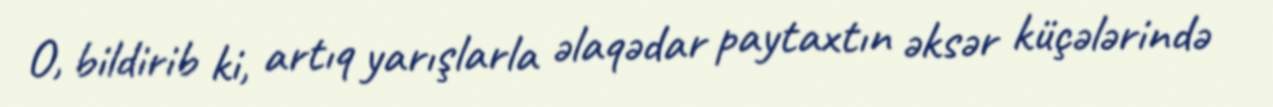
O, bildirib ki, artıq yarışlarla əlaqədar paytaxtın əksər küçələrində